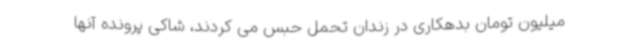
میلیون تومان بدهکاری در زندان تحمل حبس می کردند، شاکی پرونده آنها